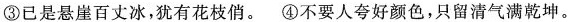
③已是悬崖百丈冰，犹有花枝俏。④不要人夸好颜色，只留清气满乾坤。